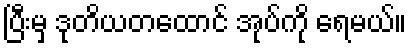
ပြီးမှ ဒုတိယတထောင် အုပ်ကို ရေမယ်။